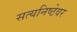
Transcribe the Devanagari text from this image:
सत्यनिष्ठेवर